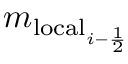
m _ { \mathrm { l o c a l } _ { i - \frac { 1 } { 2 } } }